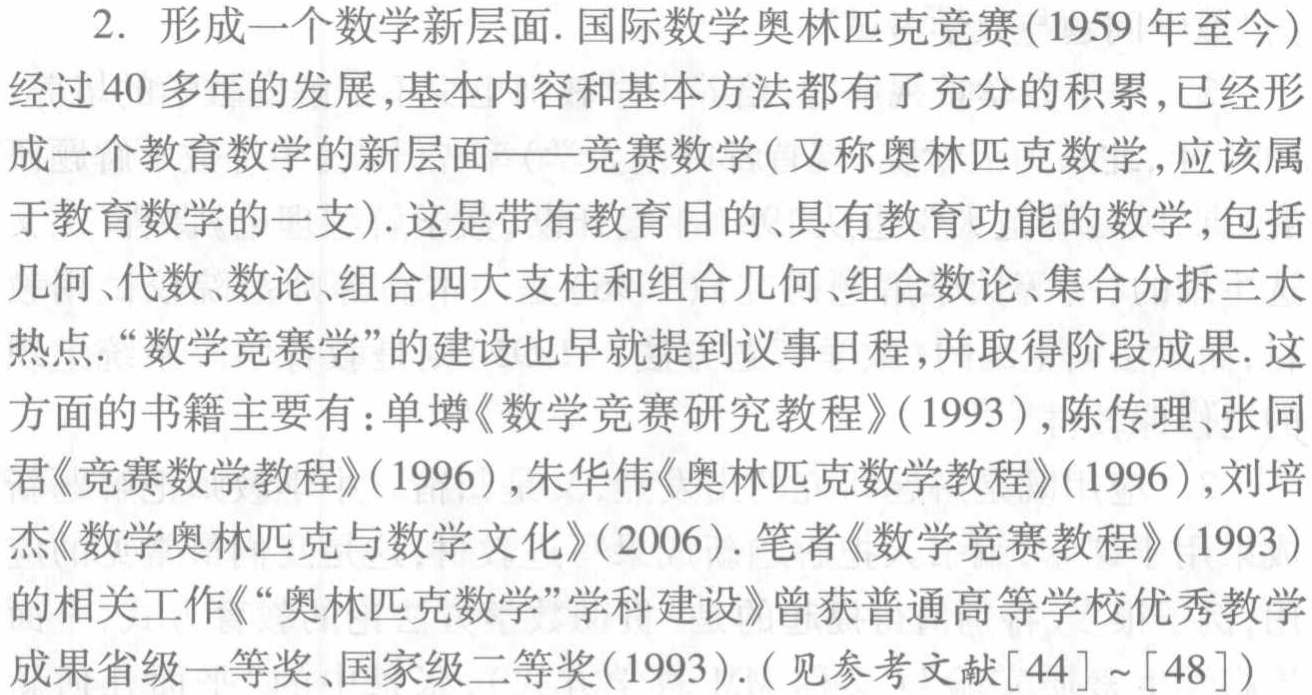
2. 形成一个数学新层面. 国际数学奥林匹克竞赛(1959 年至今)
经过40 多年的发展,基本内容和基本方法都有了充分的积累,已经形
成一个教育数学的新层面——竞赛数学(又称奥林匹克数学,应该属
于教育数学的一支). 这是带有教育目的、具有教育功能的数学,包括
几何、代数、数论、组合四大支柱和组合几何、组合数论、集合分拆三大
热点.“数学竞赛学”的建设也早就提到议事日程,并取得阶段成果. 这
方面的书籍主要有：单墫《数学竞赛研究教程》(1993),陈传理、张同
君《竞赛数学教程》(1996),朱华伟《奥林匹克数学教程》(1996),刘培
杰《数学奥林匹克与数学文化》(2006). 笔者《数学竞赛教程》(1993)
的相关工作《“奥林匹克数学”学科建设》曾获普通高等学校优秀教学
成果省级一等奖、国家级二等奖(1993). (见参考文献[44]~[48])